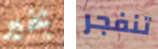
بخير تنفجر